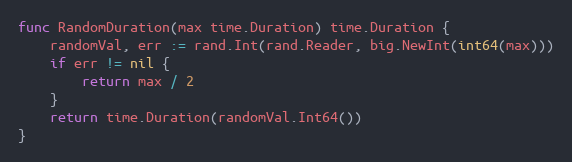
Language: Go
func RandomDuration(max time.Duration) time.Duration {
	randomVal, err := rand.Int(rand.Reader, big.NewInt(int64(max)))
	if err != nil {
		return max / 2
	}
	return time.Duration(randomVal.Int64())
}